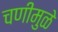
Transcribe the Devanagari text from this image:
चणीमुळे